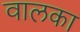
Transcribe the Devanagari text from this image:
वालका